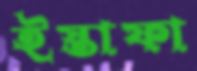
ইস্তাফা